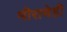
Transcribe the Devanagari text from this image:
मीराचेही